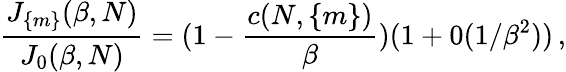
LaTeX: \frac{J_{\{ m\} }(\beta,N)}{J_{0}(\beta,N)}=(1-\frac{c(N,\{ m\} )}{\beta})(1+0(1/\beta^{2}))\, ,